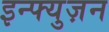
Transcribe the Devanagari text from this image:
इन्फ्युज़न